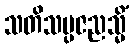
သတိသမ္ပဇညသ္မိံ